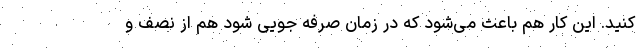
کنید. این کار هم باعث می‌شود که در زمان صرفه جویی شود هم از نصف و